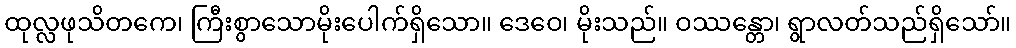
ထုလ္လဖုသိတကေ၊ ကြီးစွာသောမိုးပေါက်ရှိသော။ ဒေဝေ၊ မိုးသည်။ ဝဿန္တော၊ ရွာလတ်သည်ရှိသော်။